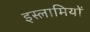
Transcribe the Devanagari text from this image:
इस्लामियों